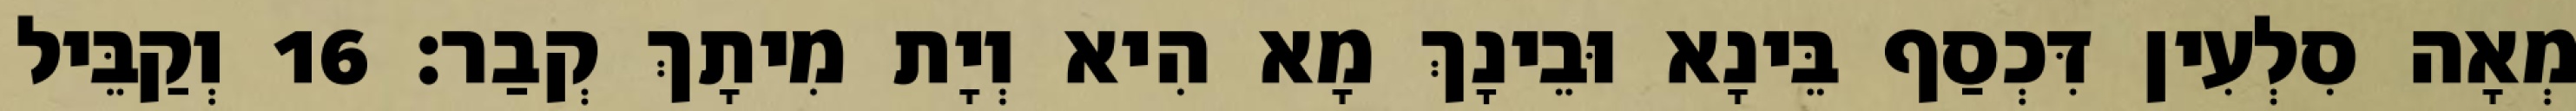
מְאָה סִלְעִין דִּכְסַף בֵּינָא וּבֵינָךְ מָא הִיא וְיָת מִיתָךְ קְבַר׃ 16 וְקַבֵּיל